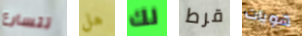
تتسارع هل لك قرط هويات